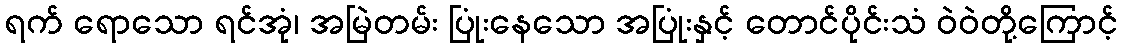
ရက် ရောသော ရင်အုံ၊ အမြဲတမ်း ပြုံးနေသော အပြုံးနှင့် တောင်ပိုင်းသံ ဝဲဝဲတို့ကြောင့်